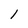
Character: 1